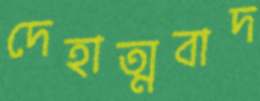
দেহাত্মবাদ